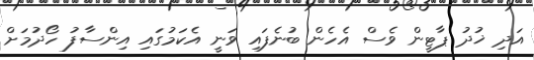
އަދި ޚުދު ޕާޓީން ވެސް އެހެން ބުނެފައި ވަނީ އެކަމުގައި އިންސާފު ހޯދުމަށް